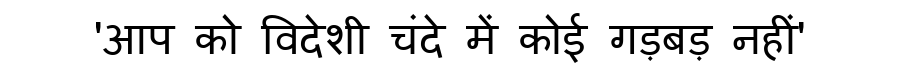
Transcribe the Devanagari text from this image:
'आप को विदेशी चंदे में कोई गड़बड़ नहीं'